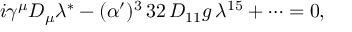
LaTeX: { i \gamma ^ { \mu } D _ { \mu } \lambda ^ { * } - ( \alpha ^ { \prime } ) ^ { 3 } \, 3 2 \, D _ { 1 1 } g \, \lambda ^ { 1 5 } + \dots = 0 , }